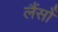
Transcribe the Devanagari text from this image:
लैंसोँ